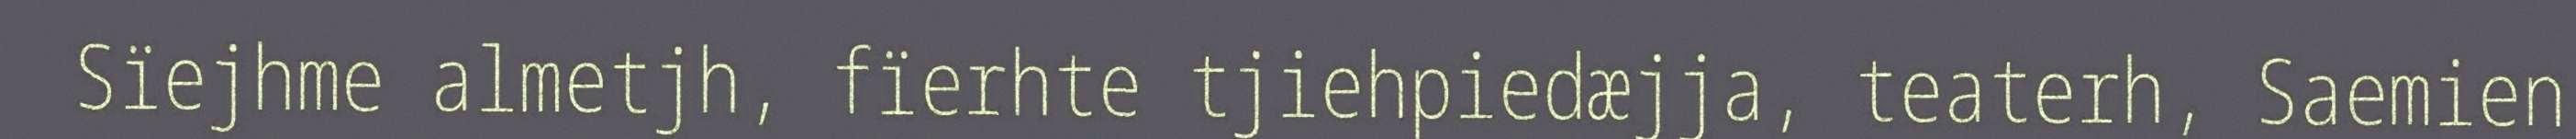
Sïejhme almetjh, fïerhte tjiehpiedæjja, teaterh, Saemien